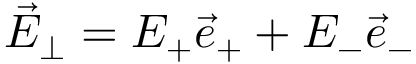
\vec { E } _ { \perp } = E _ { + } \vec { e } _ { + } + E _ { - } \vec { e } _ { - }